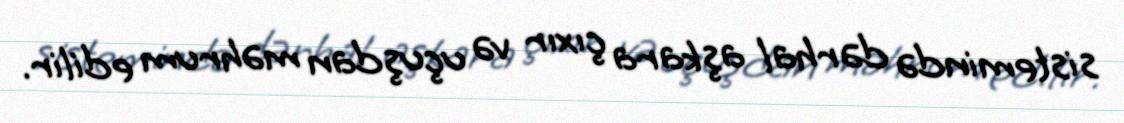
sistemində dərhal aşkara çıxır və uçuşdan məhrum edilir.